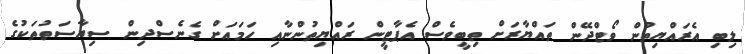
ލިބި އެރައްޔިތުން ވޯޓްދޭން ތައްޔާރަށް ތިބީވެސް އެޕާޓީން ރައްޔިތުންނާއި ހަމައަށް ގެނެސްދިން ސިޔާސަތުތަކުގެ